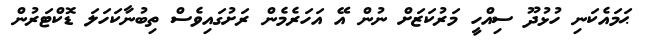
ޙަމައެކަނި ހުޅުދޫ ސިއްހީ މަރުކަޒަށް ނުން އޭ އަހަރެމެން ރަށުގައިވެސް ތިބުނާކަހަލަ ޑޮކްޓަރުން